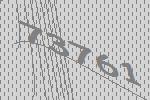
73761